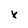
Character: x